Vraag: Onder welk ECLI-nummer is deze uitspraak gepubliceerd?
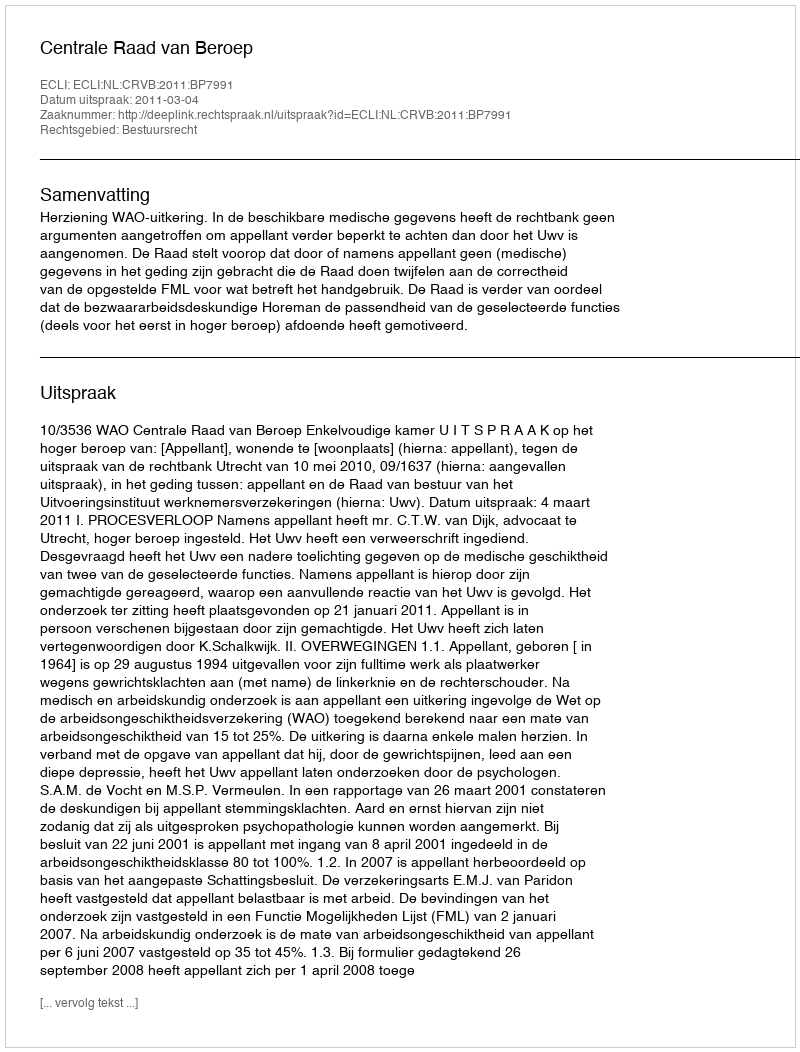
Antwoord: ECLI:NL:CRVB:2011:BP7991